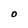
Character: O